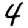
Digit: 4